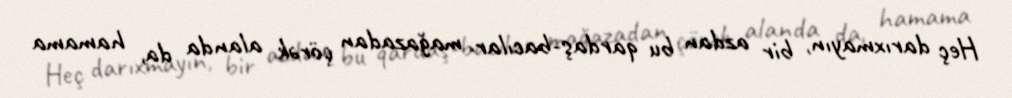
Heç darıxmayın, bir azdan bu qardaş-bacılar mağazadan çörək alanda da, hamama